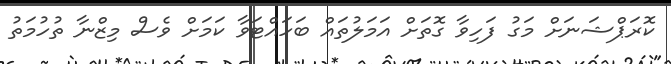
ކޮރަޕްޝަނަށް މަގު ފަހިވާ ގޮތަށް އަމަލުތައް ބަހައްޓަވާ ކަމަށް ވެސް މިޒްނާ ތުހުމަތު